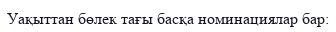
Уақыттан бөлек тағы басқа номинациялар бар: